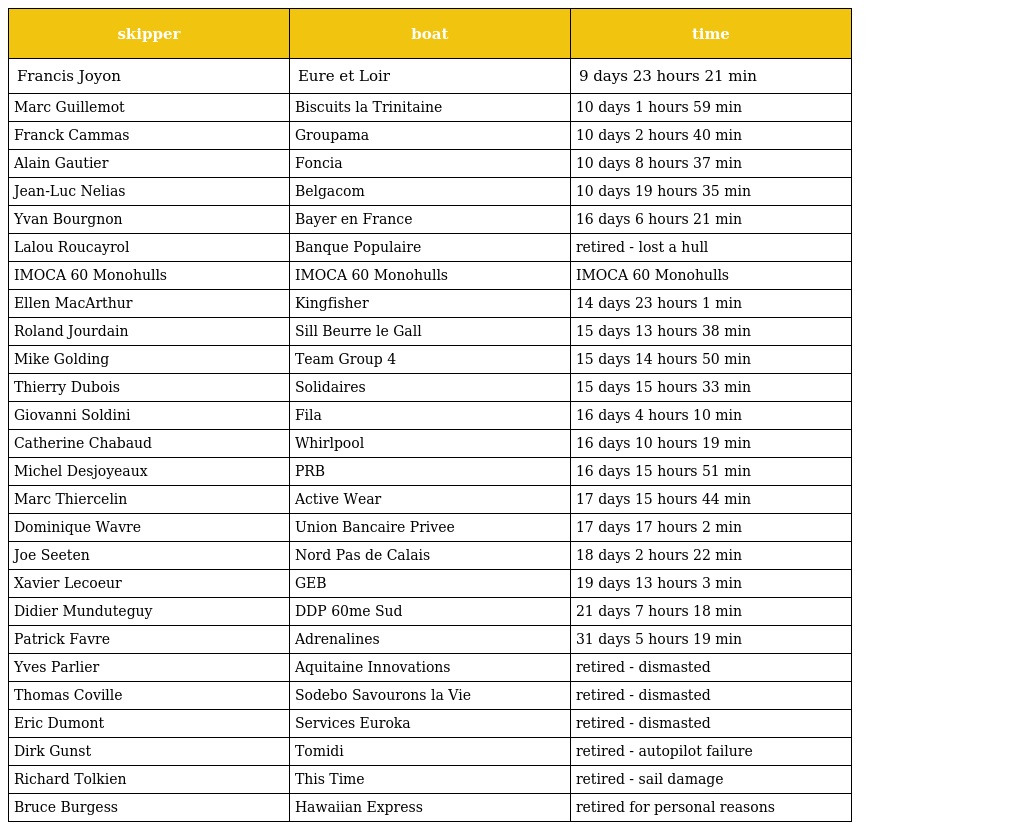
| skipper | boat | time |
 | --- | --- | --- |
 | Francis Joyon | Eure et Loir | 9 days 23 hours 21 min |
 | Marc Guillemot | Biscuits la Trinitaine | 10 days 1 hours 59 min |
 | Franck Cammas | Groupama | 10 days 2 hours 40 min |
 | Alain Gautier | Foncia | 10 days 8 hours 37 min |
 | Jean-Luc Nelias | Belgacom | 10 days 19 hours 35 min |
 | Yvan Bourgnon | Bayer en France | 16 days 6 hours 21 min |
 | Lalou Roucayrol | Banque Populaire | retired - lost a hull |
 | IMOCA 60 Monohulls | IMOCA 60 Monohulls | IMOCA 60 Monohulls |
 | Ellen MacArthur | Kingfisher | 14 days 23 hours 1 min |
 | Roland Jourdain | Sill Beurre le Gall | 15 days 13 hours 38 min |
 | Mike Golding | Team Group 4 | 15 days 14 hours 50 min |
 | Thierry Dubois | Solidaires | 15 days 15 hours 33 min |
 | Giovanni Soldini | Fila | 16 days 4 hours 10 min |
 | Catherine Chabaud | Whirlpool | 16 days 10 hours 19 min |
 | Michel Desjoyeaux | PRB | 16 days 15 hours 51 min |
 | Marc Thiercelin | Active Wear | 17 days 15 hours 44 min |
 | Dominique Wavre | Union Bancaire Privee | 17 days 17 hours 2 min |
 | Joe Seeten | Nord Pas de Calais | 18 days 2 hours 22 min |
 | Xavier Lecoeur | GEB | 19 days 13 hours 3 min |
 | Didier Munduteguy | DDP 60me Sud | 21 days 7 hours 18 min |
 | Patrick Favre | Adrenalines | 31 days 5 hours 19 min |
 | Yves Parlier | Aquitaine Innovations | retired - dismasted |
 | Thomas Coville | Sodebo Savourons la Vie | retired - dismasted |
 | Eric Dumont | Services Euroka | retired - dismasted |
 | Dirk Gunst | Tomidi | retired - autopilot failure |
 | Richard Tolkien | This Time | retired - sail damage |
 | Bruce Burgess | Hawaiian Express | retired for personal reasons |